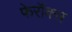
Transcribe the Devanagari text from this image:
फेरॉक्स